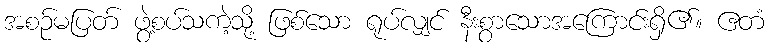
အစဉ်မပြတ် ဖွဲ့စပ်သကဲ့သို့ ဖြစ်သော ရုပ်လျှင် နီးစွာသောအကြောင်းရှိ၏။ ဧတံ